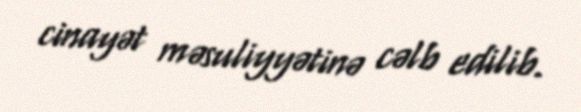
cinayət məsuliyyətinə cəlb edilib.